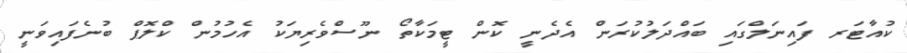
ކުއާޓަރ ފައިނަލްގައި ބައްދަލުކުރަން އެދެނީ ކޮން ޓީމަކާތޯ ނޫސްވެރިޔަކު އެހުމުން ކްލޮޕް ބުނެފައިވަނީ